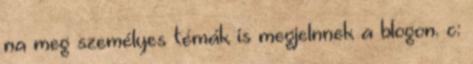
na meg személyes témák is megjelnnek a blogon. c: